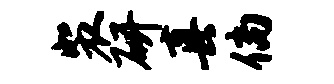
裴研真倘